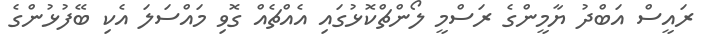
ރައީސް އަބްދު ޔާމީންގެ ރަސްމީ ލޯންޗްކޮޅުގައި އެއްޗެއް ގޮވި މައްސަލަ އެކި ބޭފުޅުންގެ